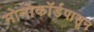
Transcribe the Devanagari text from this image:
मोनोकॉर्डपासून